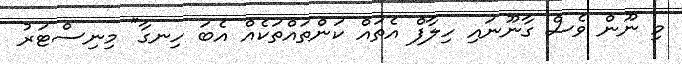
މި ނޫން ވެސް ގާނޫނައި ހިލާފް އެތައް ކަންތައްތަކެއް އެބަ ހިނގާ" މިނިސްޓަރު